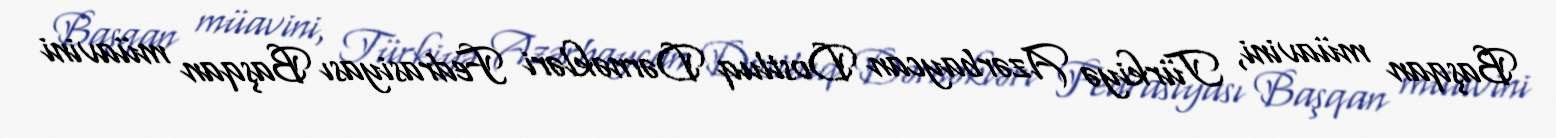
Başqan müavini, Türkiyə Azərbaycan Dostluq Dərnəkləri Fedrasiyası Başqan müavini